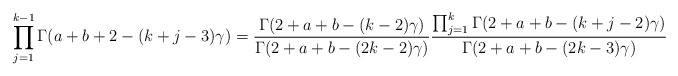
\begin{align*}\prod_{j=1}^{k-1}\Gamma(a+b+2-(k+j-3)\gamma) = \frac{\Gamma(2+a+b-(k-2)\gamma)}{\Gamma(2+a+b-(2k-2)\gamma)}\frac{\prod_{j=1}^{k}\Gamma(2+a+b-(k+j-2)\gamma)}{\Gamma(2+a+b-(2k-3)\gamma)}\end{align*}